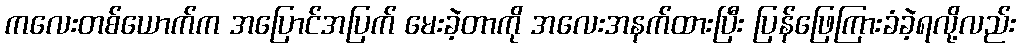
ကလေးတစ်ယောက်က အပြောင်အပြက် မေးခဲ့တာကို အလေးအနက်ထားပြီး ပြန်ဖြေကြားခံခဲ့ရလို့လည်း